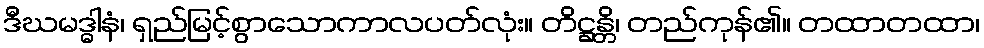
ဒီဃမဒ္ဓါနံ၊ ရှည်မြင့်စွာသောကာလပတ်လုံး။ တိဋ္ဌန္တိ၊ တည်ကုန်၏။ တထာတထာ၊